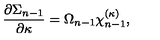
{ \frac { \partial \Sigma _ { n - 1 } } { \partial \kappa } } = \Omega _ { n - 1 } \chi _ { n - 1 } ^ { ( \kappa ) } ,